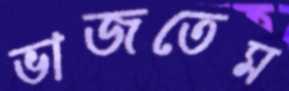
ভাজতেম